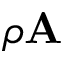
\rho \mathbf { A }